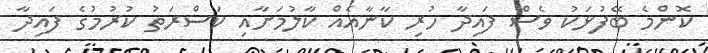
ކޮންމެ ބޭފުޅަކު ވެސް ފައިދާ ހުރި ކާނާއެއް ކާލުމަށާއި ކަސްރަތު ކުރުމުގެ ފައިދާ